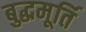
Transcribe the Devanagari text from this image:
बुद्धमूर्ति